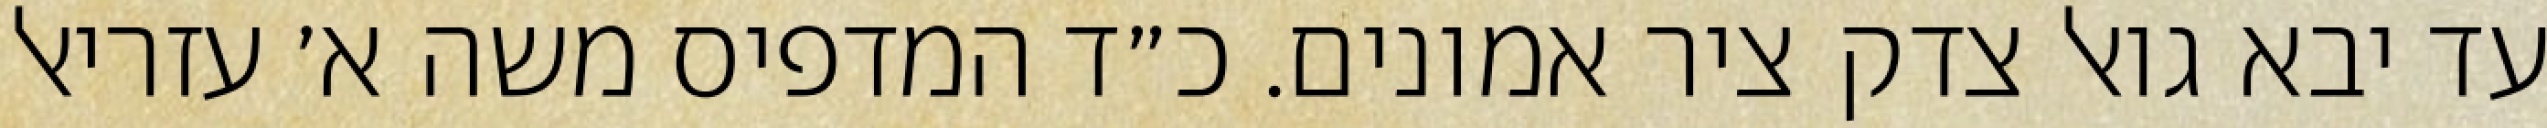
עד יבא גואל צדק ציר אמונים. כ״ד המדפיס משה א׳ עזריאל